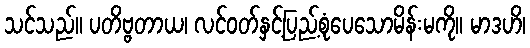
သင်သည်။ ပတိဗ္ဗတာယ၊ လင်ဝတ်နှင့်ပြည့်စုံပေသောမိန်းမကို။ မာဒဟိ၊